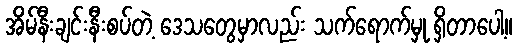
အိမ်နီးချင်းနီးစပ်တဲ့ ဒေသတွေမှာလည်း သက်ရောက်မှု ရှိတာပေါ့။